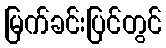
မြက်ခင်းပြင်တွင်